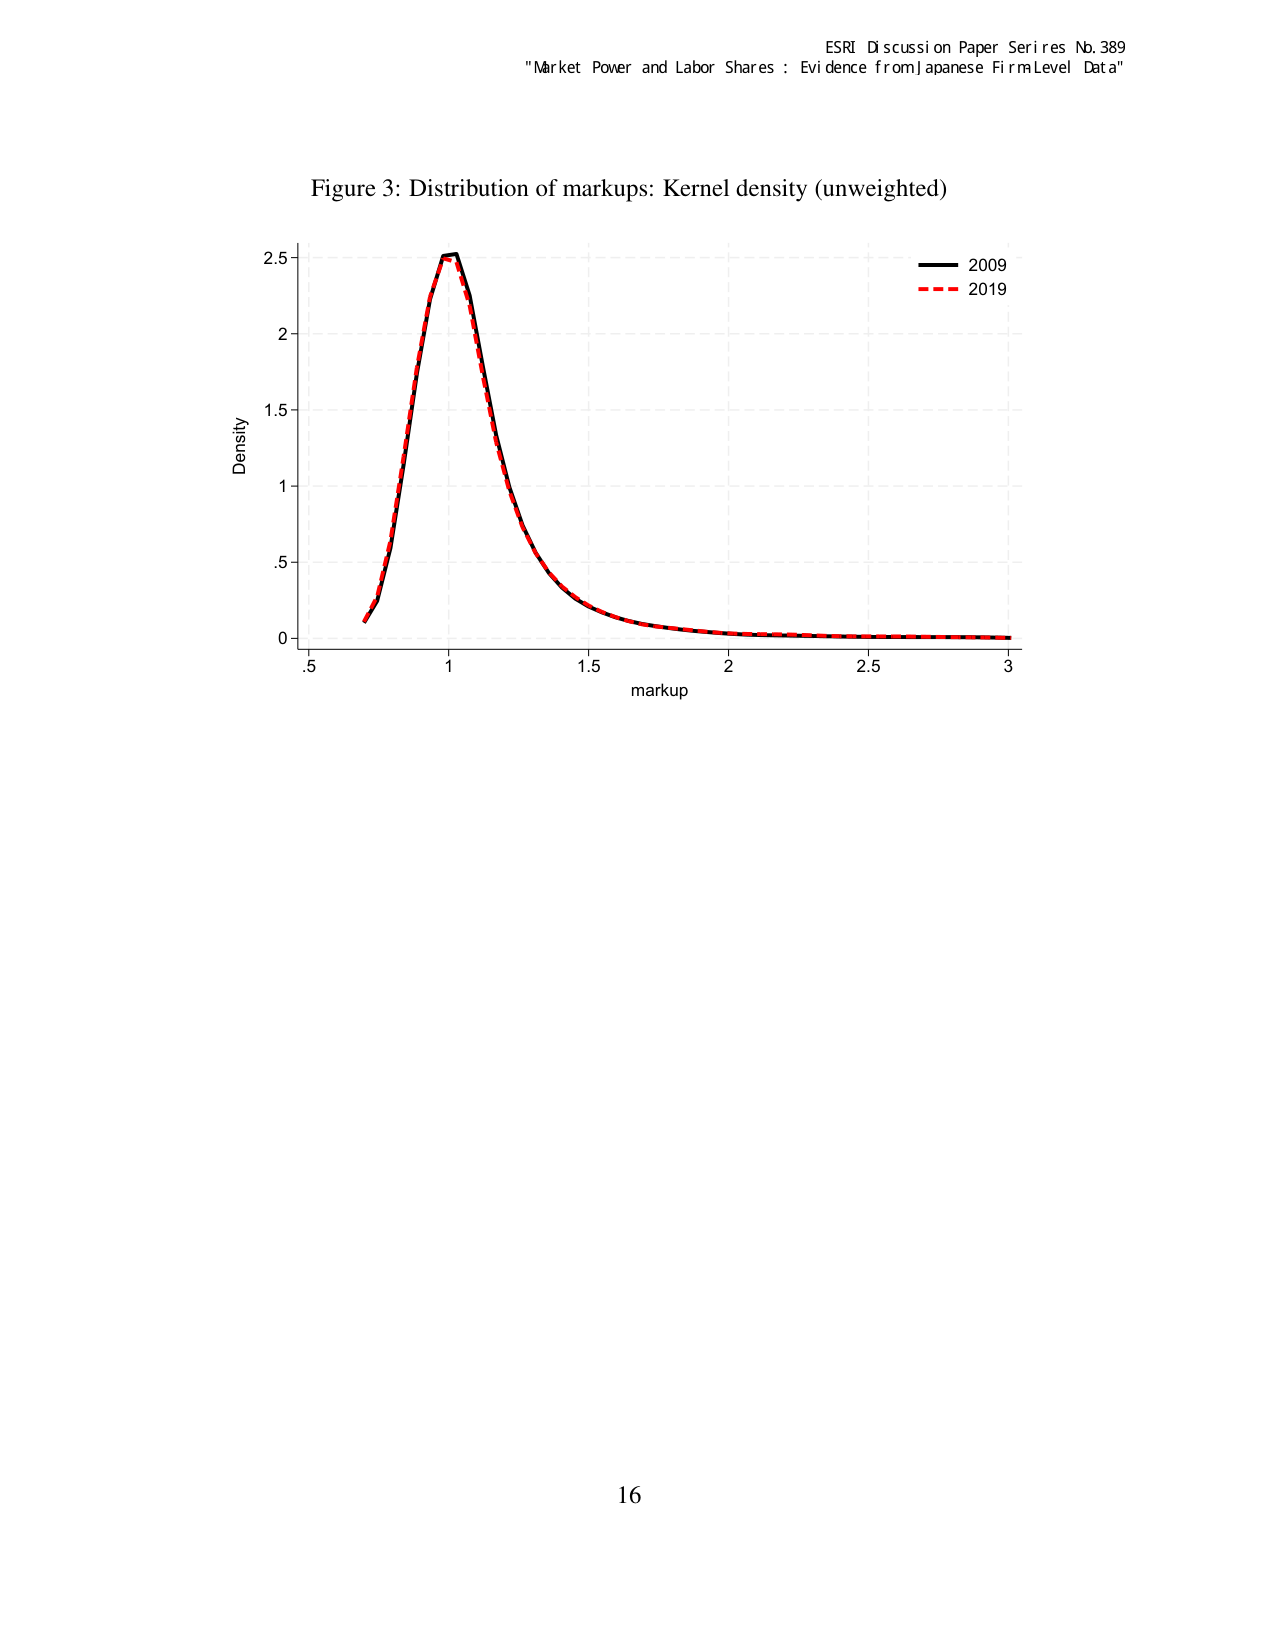
ESRI Discussion Paper Series No. 389
"Market Power and Labor Shares : Evidence from Japanese Firm Level Data"

Figure 3: Distribution of markups: Kernel density (unweighted)

Density
2.5
2
1.5
1
.5
0

.5   1   1.5   2   2.5   3
markup

2009
2019

16